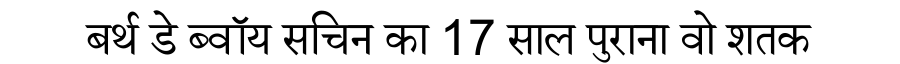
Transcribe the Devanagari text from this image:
बर्थ डे ब्वॉय सचिन का 17 साल पुराना वो शतक